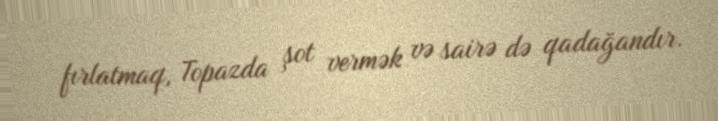
fırlatmaq, Topazda şot vermək və sairə də qadağandır.